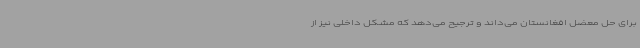
برای حل معضل افغانستان می‌داند و ترجیح می‌دهد که مشکل داخلی نیز از